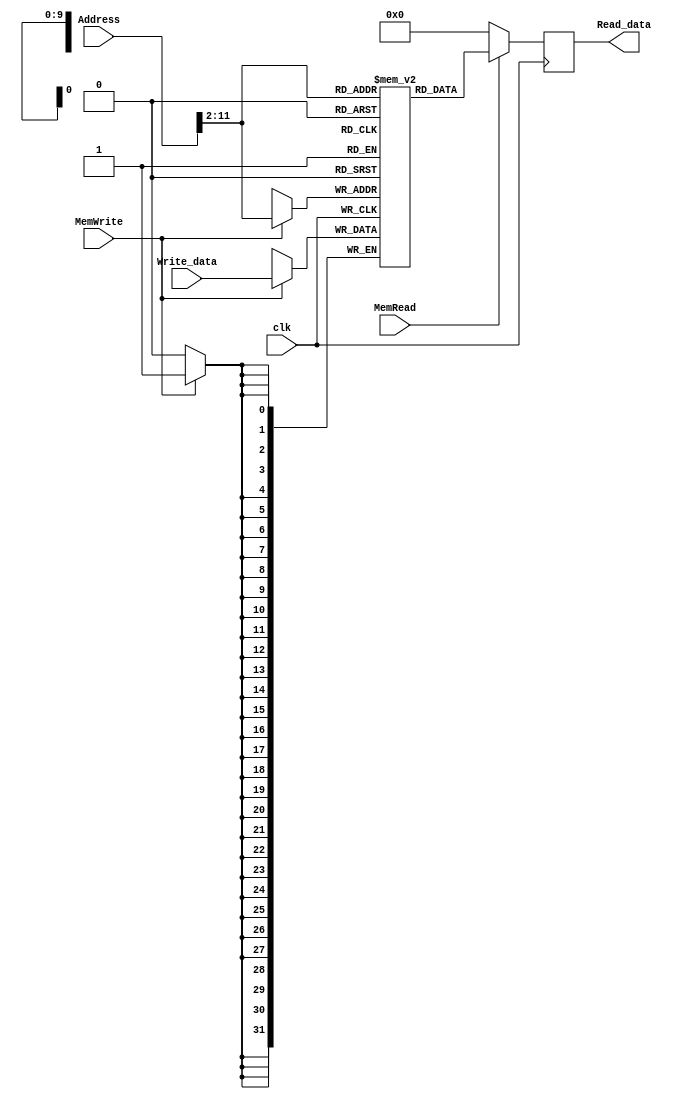
//This Data memory: efficient.
module DataMemory(clk, Address, Write_data, Read_data, MemRead, MemWrite);
	input clk;
	input [31:0] Address, Write_data;
	input MemRead, MemWrite;
	output [31:0] Read_data;
	reg [31:0] Read_data;
	//RAM_Size is counted in words.
	parameter RAM_SIZE = 1024;
	parameter RAM_SIZE_BIT = 10;
	
	reg [31:0] RAM_data[RAM_SIZE - 1: 0];
	//assign Read_data = MemRead? RAM_data[Address[RAM_SIZE_BIT + 1:2]]: 32'h00000000;

	always @(posedge clk)
	begin
	   if (MemWrite)
		  RAM_data[Address[RAM_SIZE_BIT + 1:2]] <= Write_data;
	   if(MemRead)
	       Read_data <= RAM_data[Address[RAM_SIZE_BIT + 1:2]];
	   else
	       Read_data <= 32'h0;
    end
	
endmodule